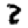
Digit: 2